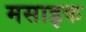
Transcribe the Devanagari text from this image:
मसाइक